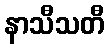
နာသီသတီ